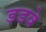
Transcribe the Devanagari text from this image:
डडवे